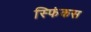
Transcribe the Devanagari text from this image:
स्फिंकस